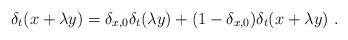
LaTeX: \begin{align*}\delta_t(x + \lambda y ) = \delta_{x,0} \delta_t( \lambda y ) + (1 - \delta_{x,0}) \delta_t(x + \lambda y ) \ . \end{align*}